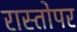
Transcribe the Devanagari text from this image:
रास्तोपर